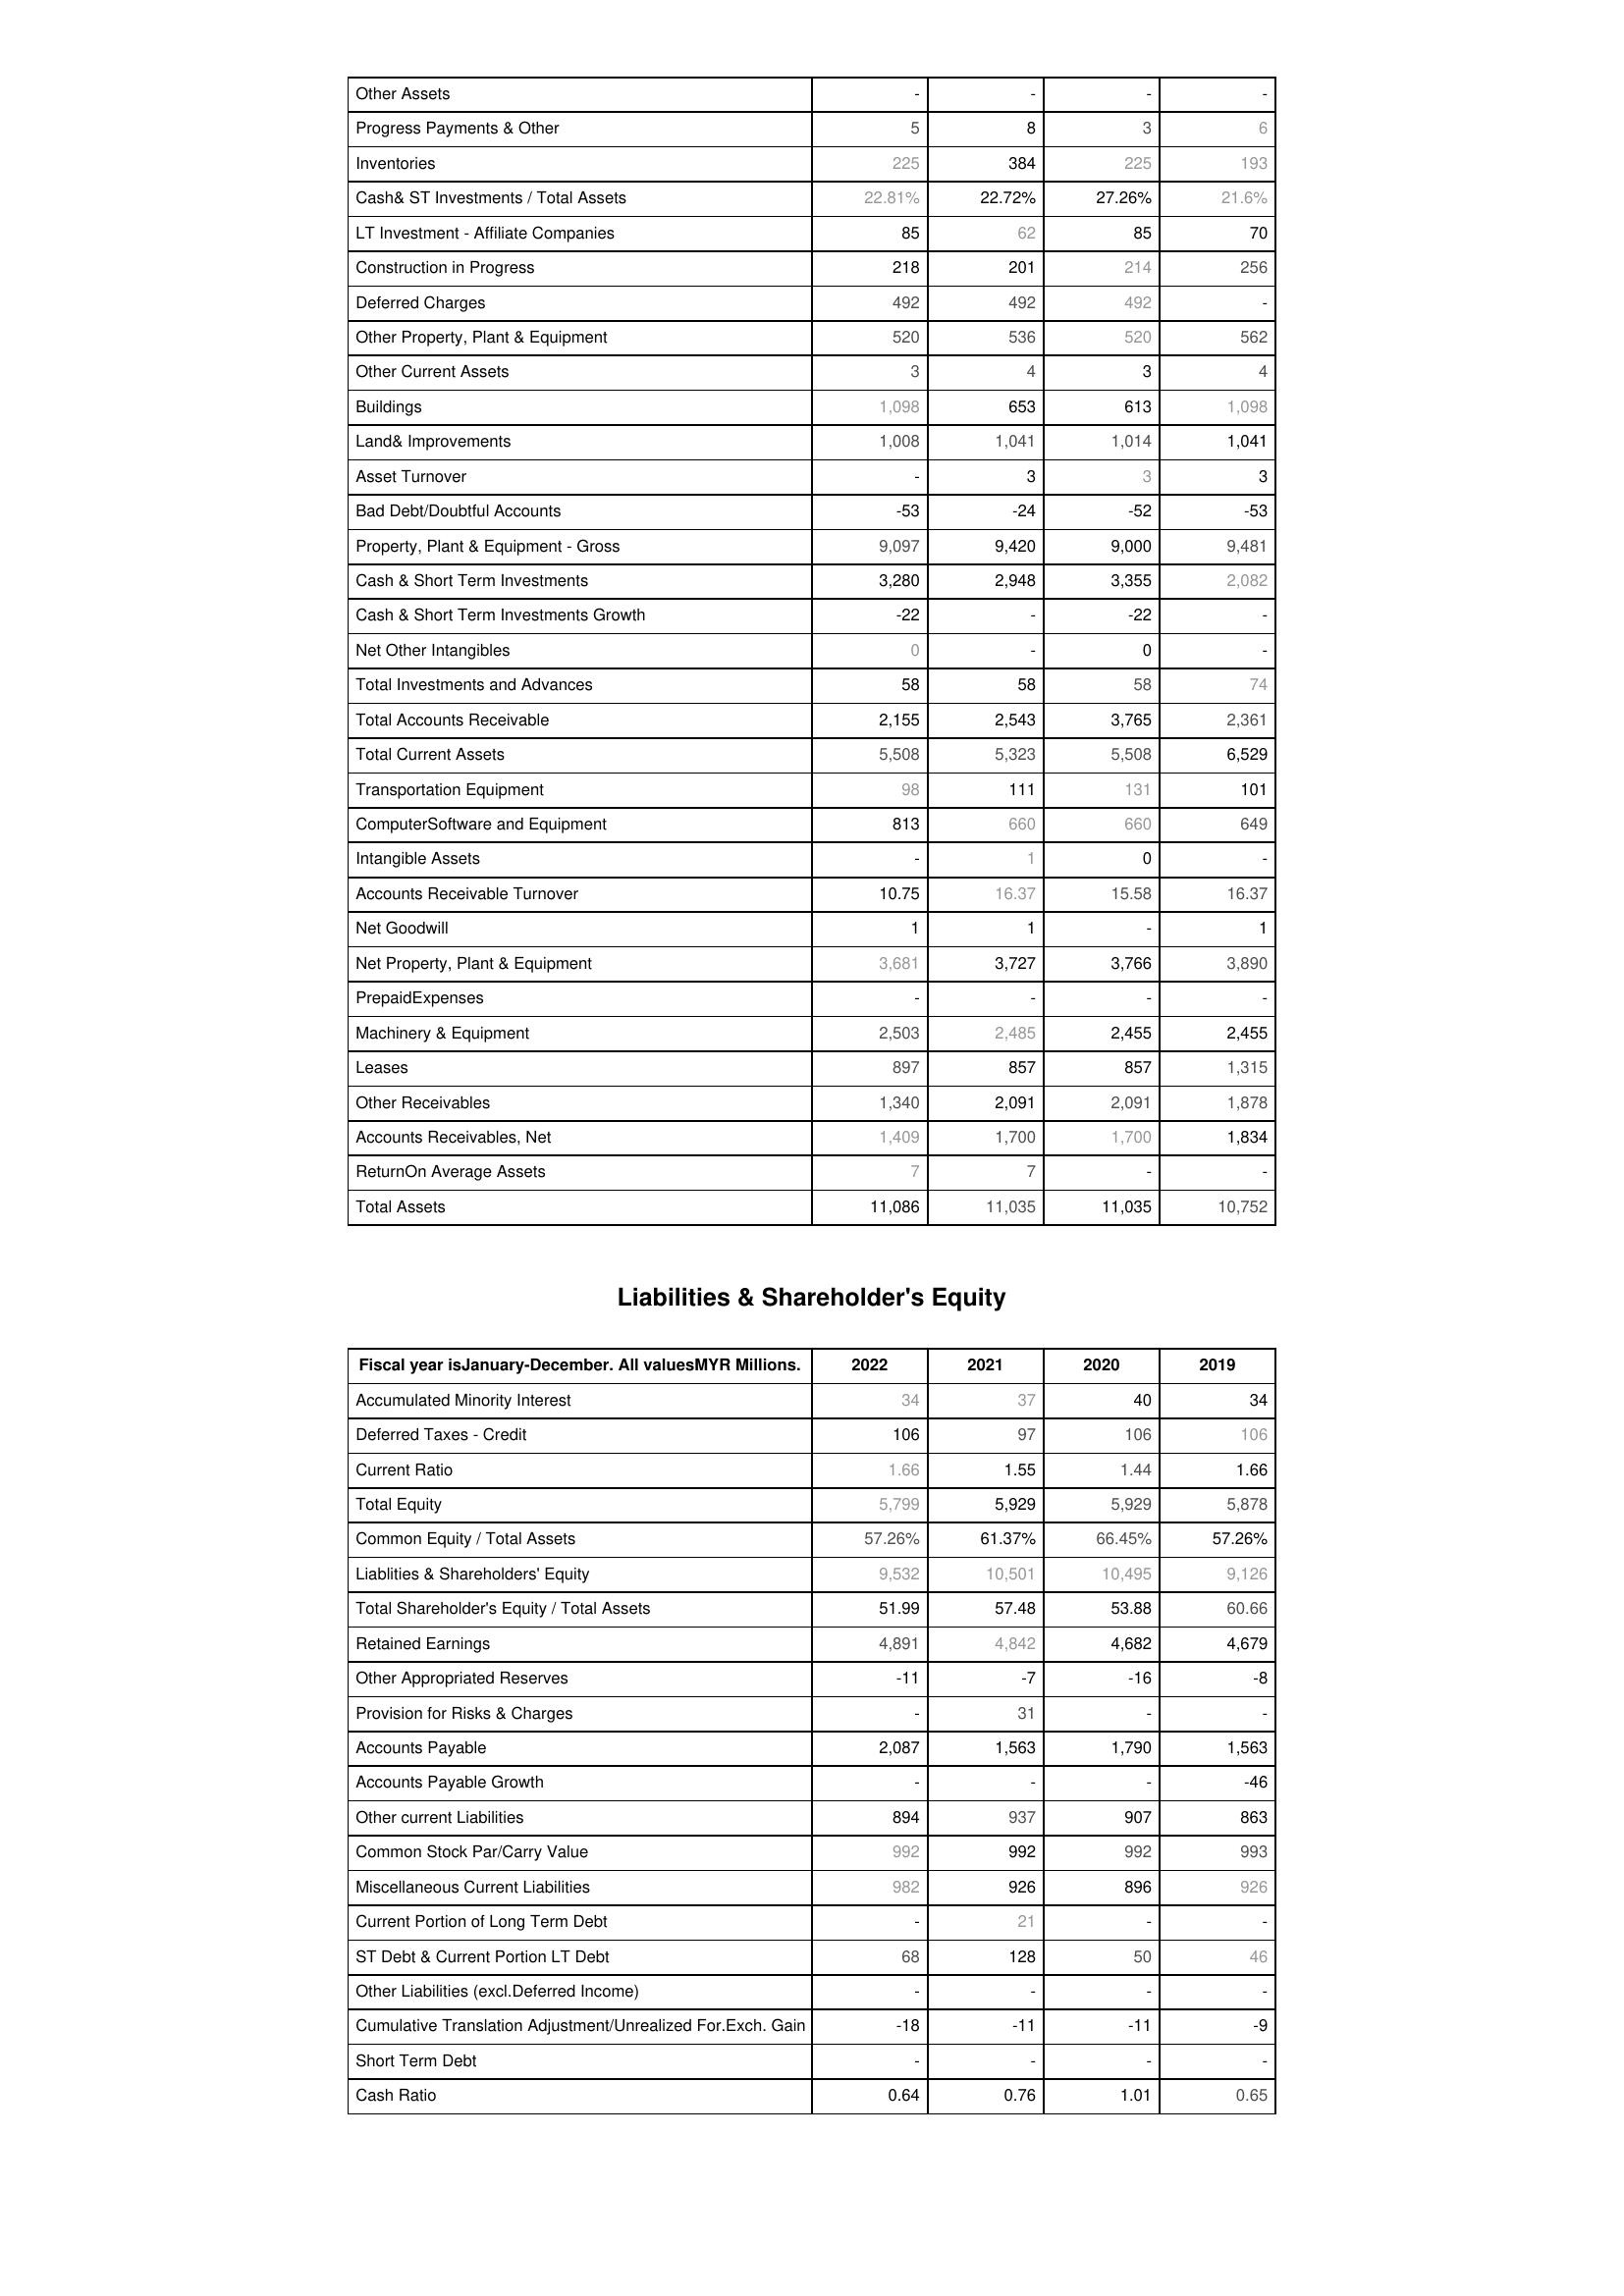
2022: Assets: Other Assets: -
Progress Payments & Other: 5
Inventories: 225
Cash& ST Investments / Total Assets: 22.81%
LT Investment - Affiliate Companies: 85
Construction in Progress: 218
Deferred Charges: 492
Other Property, Plant & Equipment: 520
Other Current Assets: 3
Buildings: 1,098
Land& Improvements: 1,008
Asset Turnover: -
Bad Debt/Doubtful Accounts: -53
Property, Plant & Equipment - Gross : 9,097
Cash & Short Term Investments: 3,280
Cash & Short Term Investments Growth: -22
Net Other Intangibles: 0
Total Investments and Advances: 58
Total Accounts Receivable: 2,155
Total Current Assets: 5,508
Transportation Equipment: 98
ComputerSoftware and Equipment: 813
Intangible Assets: -
Accounts Receivable Turnover: 10.75
Net Goodwill: 1
Net Property, Plant & Equipment: 3,681
PrepaidExpenses: -
Machinery & Equipment: 2,503
Leases: 897
Other Receivables: 1,340
Accounts Receivables, Net: 1,409
ReturnOn Average Assets: 7
Total Assets: 11,086
Liabilities & Shareholder's Equity: Accumulated Minority Interest: 34
Deferred Taxes - Credit: 106
Current Ratio: 1.66
Total Equity: 5,799
Common Equity / Total Assets: 57.26%
Liablities & Shareholders' Equity: 9,532
Total Shareholder's Equity / Total Assets: 51.99
Retained Earnings: 4,891
Other Appropriated Reserves: -11
Provision for Risks & Charges: -
Accounts Payable: 2,087
Accounts Payable Growth: -
Other current Liabilities: 894
Common Stock Par/Carry Value: 992
Miscellaneous Current Liabilities: 982
Current Portion of Long Term Debt: -
ST Debt & Current Portion LT Debt: 68
Other Liabilities (excl.Deferred Income): -
Cumulative Translation Adjustment/Unrealized For.Exch. Gain: -18
Short Term Debt: -
Cash Ratio: 0.64
2021: Assets: Other Assets: -
Progress Payments & Other: 8
Inventories: 384
Cash& ST Investments / Total Assets: 22.72%
LT Investment - Affiliate Companies: 62
Construction in Progress: 201
Deferred Charges: 492
Other Property, Plant & Equipment: 536
Other Current Assets: 4
Buildings: 653
Land& Improvements: 1,041
Asset Turnover: 3
Bad Debt/Doubtful Accounts: -24
Property, Plant & Equipment - Gross : 9,420
Cash & Short Term Investments: 2,948
Cash & Short Term Investments Growth: -
Net Other Intangibles: -
Total Investments and Advances: 58
Total Accounts Receivable: 2,543
Total Current Assets: 5,323
Transportation Equipment: 111
ComputerSoftware and Equipment: 660
Intangible Assets: 1
Accounts Receivable Turnover: 16.37
Net Goodwill: 1
Net Property, Plant & Equipment: 3,727
PrepaidExpenses: -
Machinery & Equipment: 2,485
Leases: 857
Other Receivables: 2,091
Accounts Receivables, Net: 1,700
ReturnOn Average Assets: 7
Total Assets: 11,035
Liabilities & Shareholder's Equity: Accumulated Minority Interest: 37
Deferred Taxes - Credit: 97
Current Ratio: 1.55
Total Equity: 5,929
Common Equity / Total Assets: 61.37%
Liablities & Shareholders' Equity: 10,501
Total Shareholder's Equity / Total Assets: 57.48
Retained Earnings: 4,842
Other Appropriated Reserves: -7
Provision for Risks & Charges: 31
Accounts Payable: 1,563
Accounts Payable Growth: -
Other current Liabilities: 937
Common Stock Par/Carry Value: 992
Miscellaneous Current Liabilities: 926
Current Portion of Long Term Debt: 21
ST Debt & Current Portion LT Debt: 128
Other Liabilities (excl.Deferred Income): -
Cumulative Translation Adjustment/Unrealized For.Exch. Gain: -11
Short Term Debt: -
Cash Ratio: 0.76
2020: Assets: Other Assets: -
Progress Payments & Other: 3
Inventories: 225
Cash& ST Investments / Total Assets: 27.26%
LT Investment - Affiliate Companies: 85
Construction in Progress: 214
Deferred Charges: 492
Other Property, Plant & Equipment: 520
Other Current Assets: 3
Buildings: 613
Land& Improvements: 1,014
Asset Turnover: 3
Bad Debt/Doubtful Accounts: -52
Property, Plant & Equipment - Gross : 9,000
Cash & Short Term Investments: 3,355
Cash & Short Term Investments Growth: -22
Net Other Intangibles: 0
Total Investments and Advances: 58
Total Accounts Receivable: 3,765
Total Current Assets: 5,508
Transportation Equipment: 131
ComputerSoftware and Equipment: 660
Intangible Assets: 0
Accounts Receivable Turnover: 15.58
Net Goodwill: -
Net Property, Plant & Equipment: 3,766
PrepaidExpenses: -
Machinery & Equipment: 2,455
Leases: 857
Other Receivables: 2,091
Accounts Receivables, Net: 1,700
ReturnOn Average Assets: -
Total Assets: 11,035
Liabilities & Shareholder's Equity: Accumulated Minority Interest: 40
Deferred Taxes - Credit: 106
Current Ratio: 1.44
Total Equity: 5,929
Common Equity / Total Assets: 66.45%
Liablities & Shareholders' Equity: 10,495
Total Shareholder's Equity / Total Assets: 53.88
Retained Earnings: 4,682
Other Appropriated Reserves: -16
Provision for Risks & Charges: -
Accounts Payable: 1,790
Accounts Payable Growth: -
Other current Liabilities: 907
Common Stock Par/Carry Value: 992
Miscellaneous Current Liabilities: 896
Current Portion of Long Term Debt: -
ST Debt & Current Portion LT Debt: 50
Other Liabilities (excl.Deferred Income): -
Cumulative Translation Adjustment/Unrealized For.Exch. Gain: -11
Short Term Debt: -
Cash Ratio: 1.01
2019: Assets: Other Assets: -
Progress Payments & Other: 6
Inventories: 193
Cash& ST Investments / Total Assets: 21.6%
LT Investment - Affiliate Companies: 70
Construction in Progress: 256
Deferred Charges: -
Other Property, Plant & Equipment: 562
Other Current Assets: 4
Buildings: 1,098
Land& Improvements: 1,041
Asset Turnover: 3
Bad Debt/Doubtful Accounts: -53
Property, Plant & Equipment - Gross : 9,481
Cash & Short Term Investments: 2,082
Cash & Short Term Investments Growth: -
Net Other Intangibles: -
Total Investments and Advances: 74
Total Accounts Receivable: 2,361
Total Current Assets: 6,529
Transportation Equipment: 101
ComputerSoftware and Equipment: 649
Intangible Assets: -
Accounts Receivable Turnover: 16.37
Net Goodwill: 1
Net Property, Plant & Equipment: 3,890
PrepaidExpenses: -
Machinery & Equipment: 2,455
Leases: 1,315
Other Receivables: 1,878
Accounts Receivables, Net: 1,834
ReturnOn Average Assets: -
Total Assets: 10,752
Liabilities & Shareholder's Equity: Accumulated Minority Interest: 34
Deferred Taxes - Credit: 106
Current Ratio: 1.66
Total Equity: 5,878
Common Equity / Total Assets: 57.26%
Liablities & Shareholders' Equity: 9,126
Total Shareholder's Equity / Total Assets: 60.66
Retained Earnings: 4,679
Other Appropriated Reserves: -8
Provision for Risks & Charges: -
Accounts Payable: 1,563
Accounts Payable Growth: -46
Other current Liabilities: 863
Common Stock Par/Carry Value: 993
Miscellaneous Current Liabilities: 926
Current Portion of Long Term Debt: -
ST Debt & Current Portion LT Debt: 46
Other Liabilities (excl.Deferred Income): -
Cumulative Translation Adjustment/Unrealized For.Exch. Gain: -9
Short Term Debt: -
Cash Ratio: 0.65